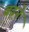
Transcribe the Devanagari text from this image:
बढ़़ने